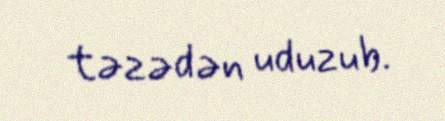
təzədən uduzub.